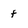
Character: f